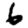
Digit: 6